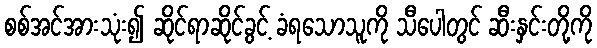
စစ်အင်အားသုံး၍ ဆိုင်ရာဆိုင်ခွင့် ခံရသောသူကို သီပေါတွင် ဆီးနှင်းတို့ကို